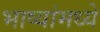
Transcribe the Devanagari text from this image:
भाष्यांमध्ये